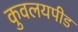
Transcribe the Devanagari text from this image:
कुवलयपीड